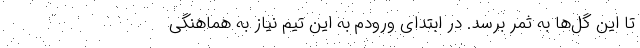
تا این گل‌ها به ثمر برسد. در ابتدای ورودم به این تیم نیاز به هماهنگی